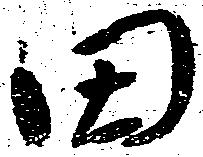
田